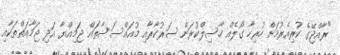
"ރާއްޖޭގެ ކުރިއެރުމަށް ހުރިހާ ގޯލެއް ހާސިލްކުރަން ސަރުކާރާއި މުއައްސަސާތައް ޖަމިއްޔާ އަދި ޖަމާއަތްތަކާއި